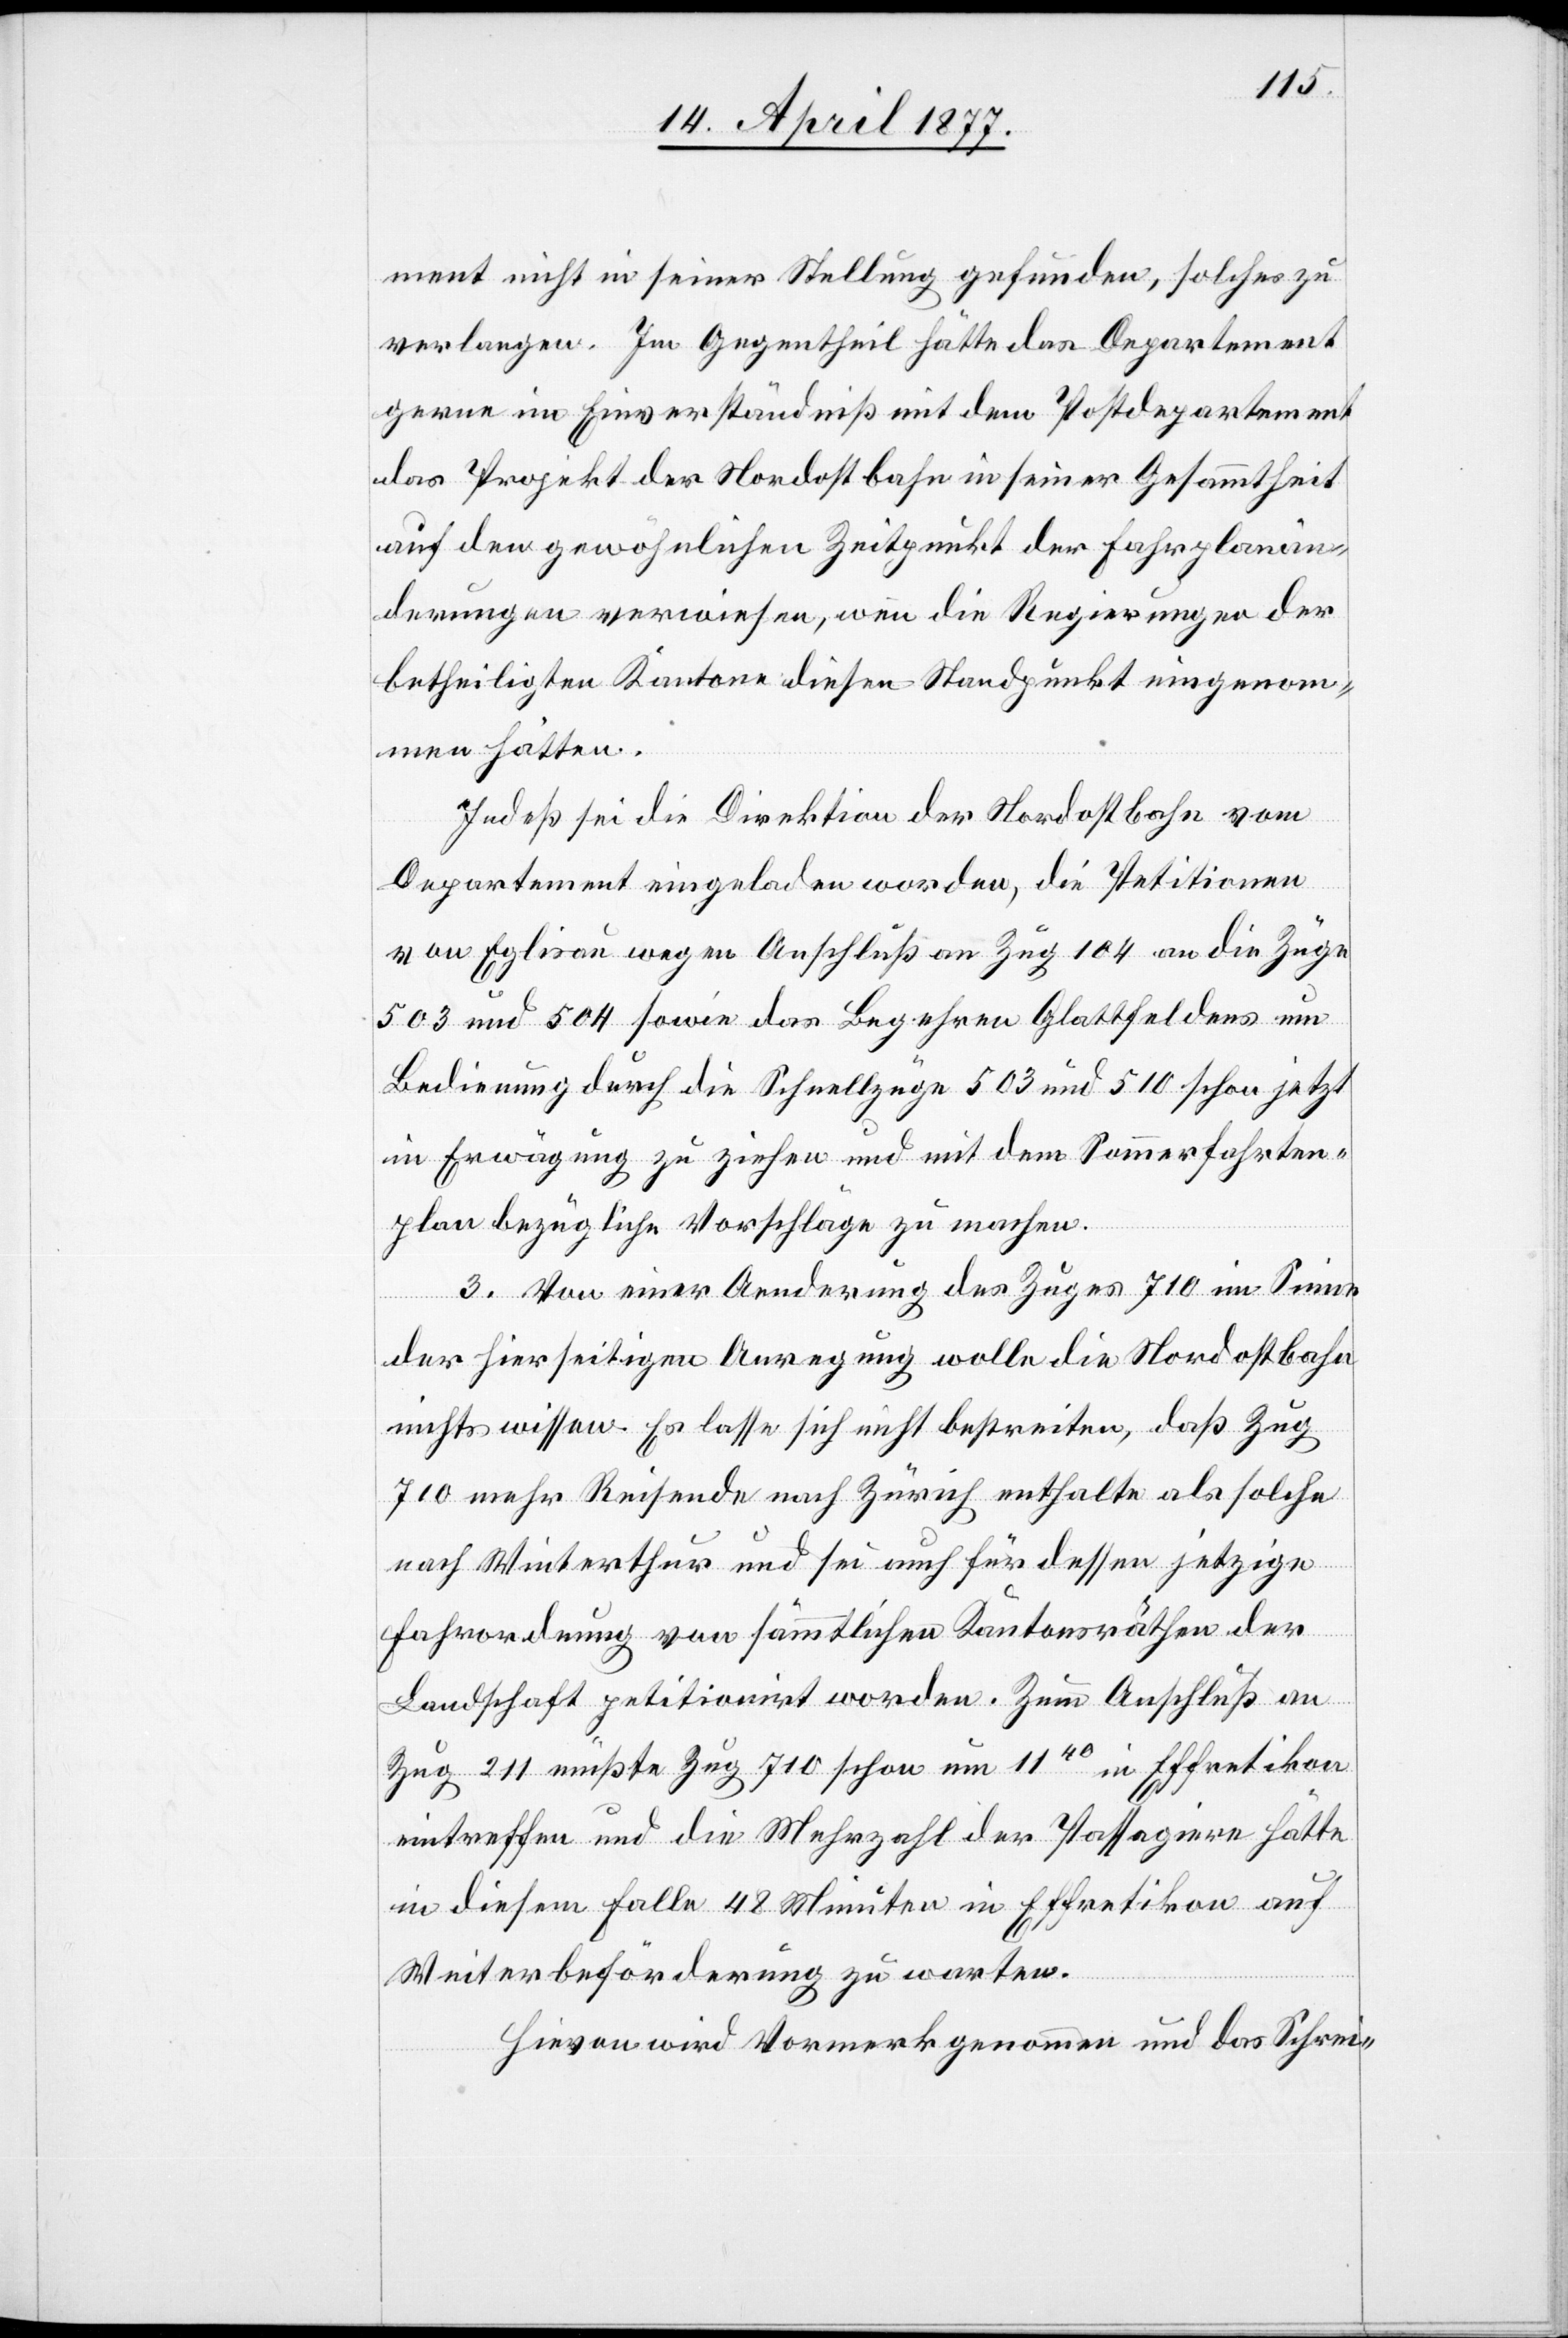
ment nicht in seiner Stellung gefunden, solches zu
verlangen. Im Gegentheil hätte das Departement
gerne im Einverständniß mit dem Postdepartement
das Projekt der Nordostbahn in seiner Gesammtheit
auf den gewöhnlichen Zeitpunkt der Fahrplanän¬
derungen verwiesen, wenn die Regierungen der
betheiligten Kantone diesen Standpunkt eingenom¬
men hätten.
Indeß sei die Direktion der Nordostbahn vom
Departement eingeladen worden, die Petitionen
von Eglisau wegen Anschluß an [recte: von] Zug 104 an die Züge
503 und 504 sowie das Begehren Glattfeldens um
Bedienung durch die Schnellzüge 503 und 510 schon jetzt
in Erwägung zu ziehen und mit dem Sommerfahrten¬
plan bezügliche Vorschläge zu machen.
3. Von einer Aenderung des Zuges 710 im Sinne
der hierseitigen Anregung wolle die Nordostbahn
nichts wissen. Es lasse sich nicht bestreiten, daß Zug
710 mehr Reisende nach Zürich enthalte als solche
nach Winterthur und sei auch für dessen jetzige
Fahrordnung von sämmtlichen Kantonsräthen der
Landschaft petitionirt worden. Zum Anschluß an
Zug 211 müßte Zug 710 schon um 1140 in Effretikon
eintreffen und die Mehrzahl der Passagiere hätte
in diesem Falle 48 Minuten in Effretikon auf
Weiterbeförderung zu warten.
Hievon wird Vormerk genommen und das Schrei-